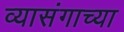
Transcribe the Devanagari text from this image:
व्यासंगाच्या